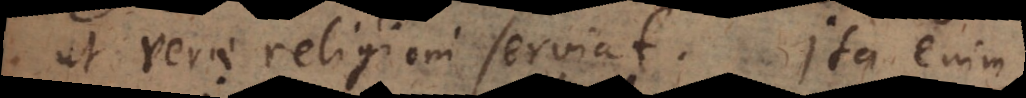
ut verae religioni serviat. Ita enim